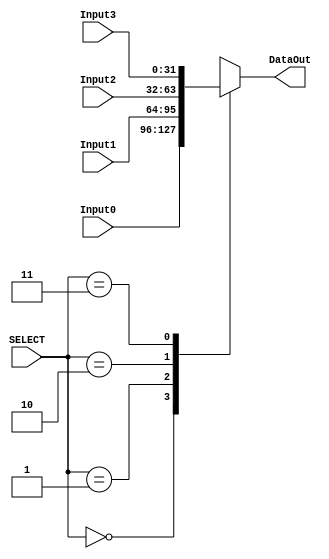
module MUX_4x1 #(parameter W=32) (Input0,
											 Input1,
											 Input2,
											 Input3,
											 SELECT,
											 DataOut);
input [1:0] SELECT;

input [W-1:0] Input0,Input1,Input2,Input3;

output reg [W-1:0] DataOut;

always @(*) begin

	case(SELECT)
		2'b00: DataOut=Input0;
		2'b01: DataOut=Input1;
		2'b10: DataOut=Input2;
		2'b11: DataOut=Input3;
	endcase
	
end

endmodule